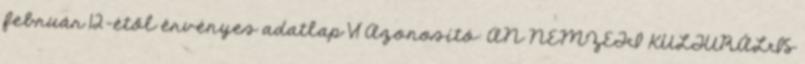
február 12-étől érvényes adatlap V1 Azonosító: AN NEMZETI KULTURÁLIS